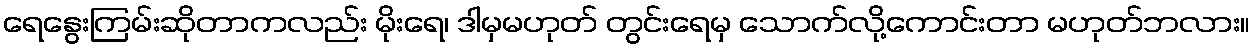
ရေနွေးကြမ်းဆိုတာကလည်း မိုးရေ၊ ဒါမှမဟုတ် တွင်းရေမှ သောက်လို့ကောင်းတာ မဟုတ်ဘလား။